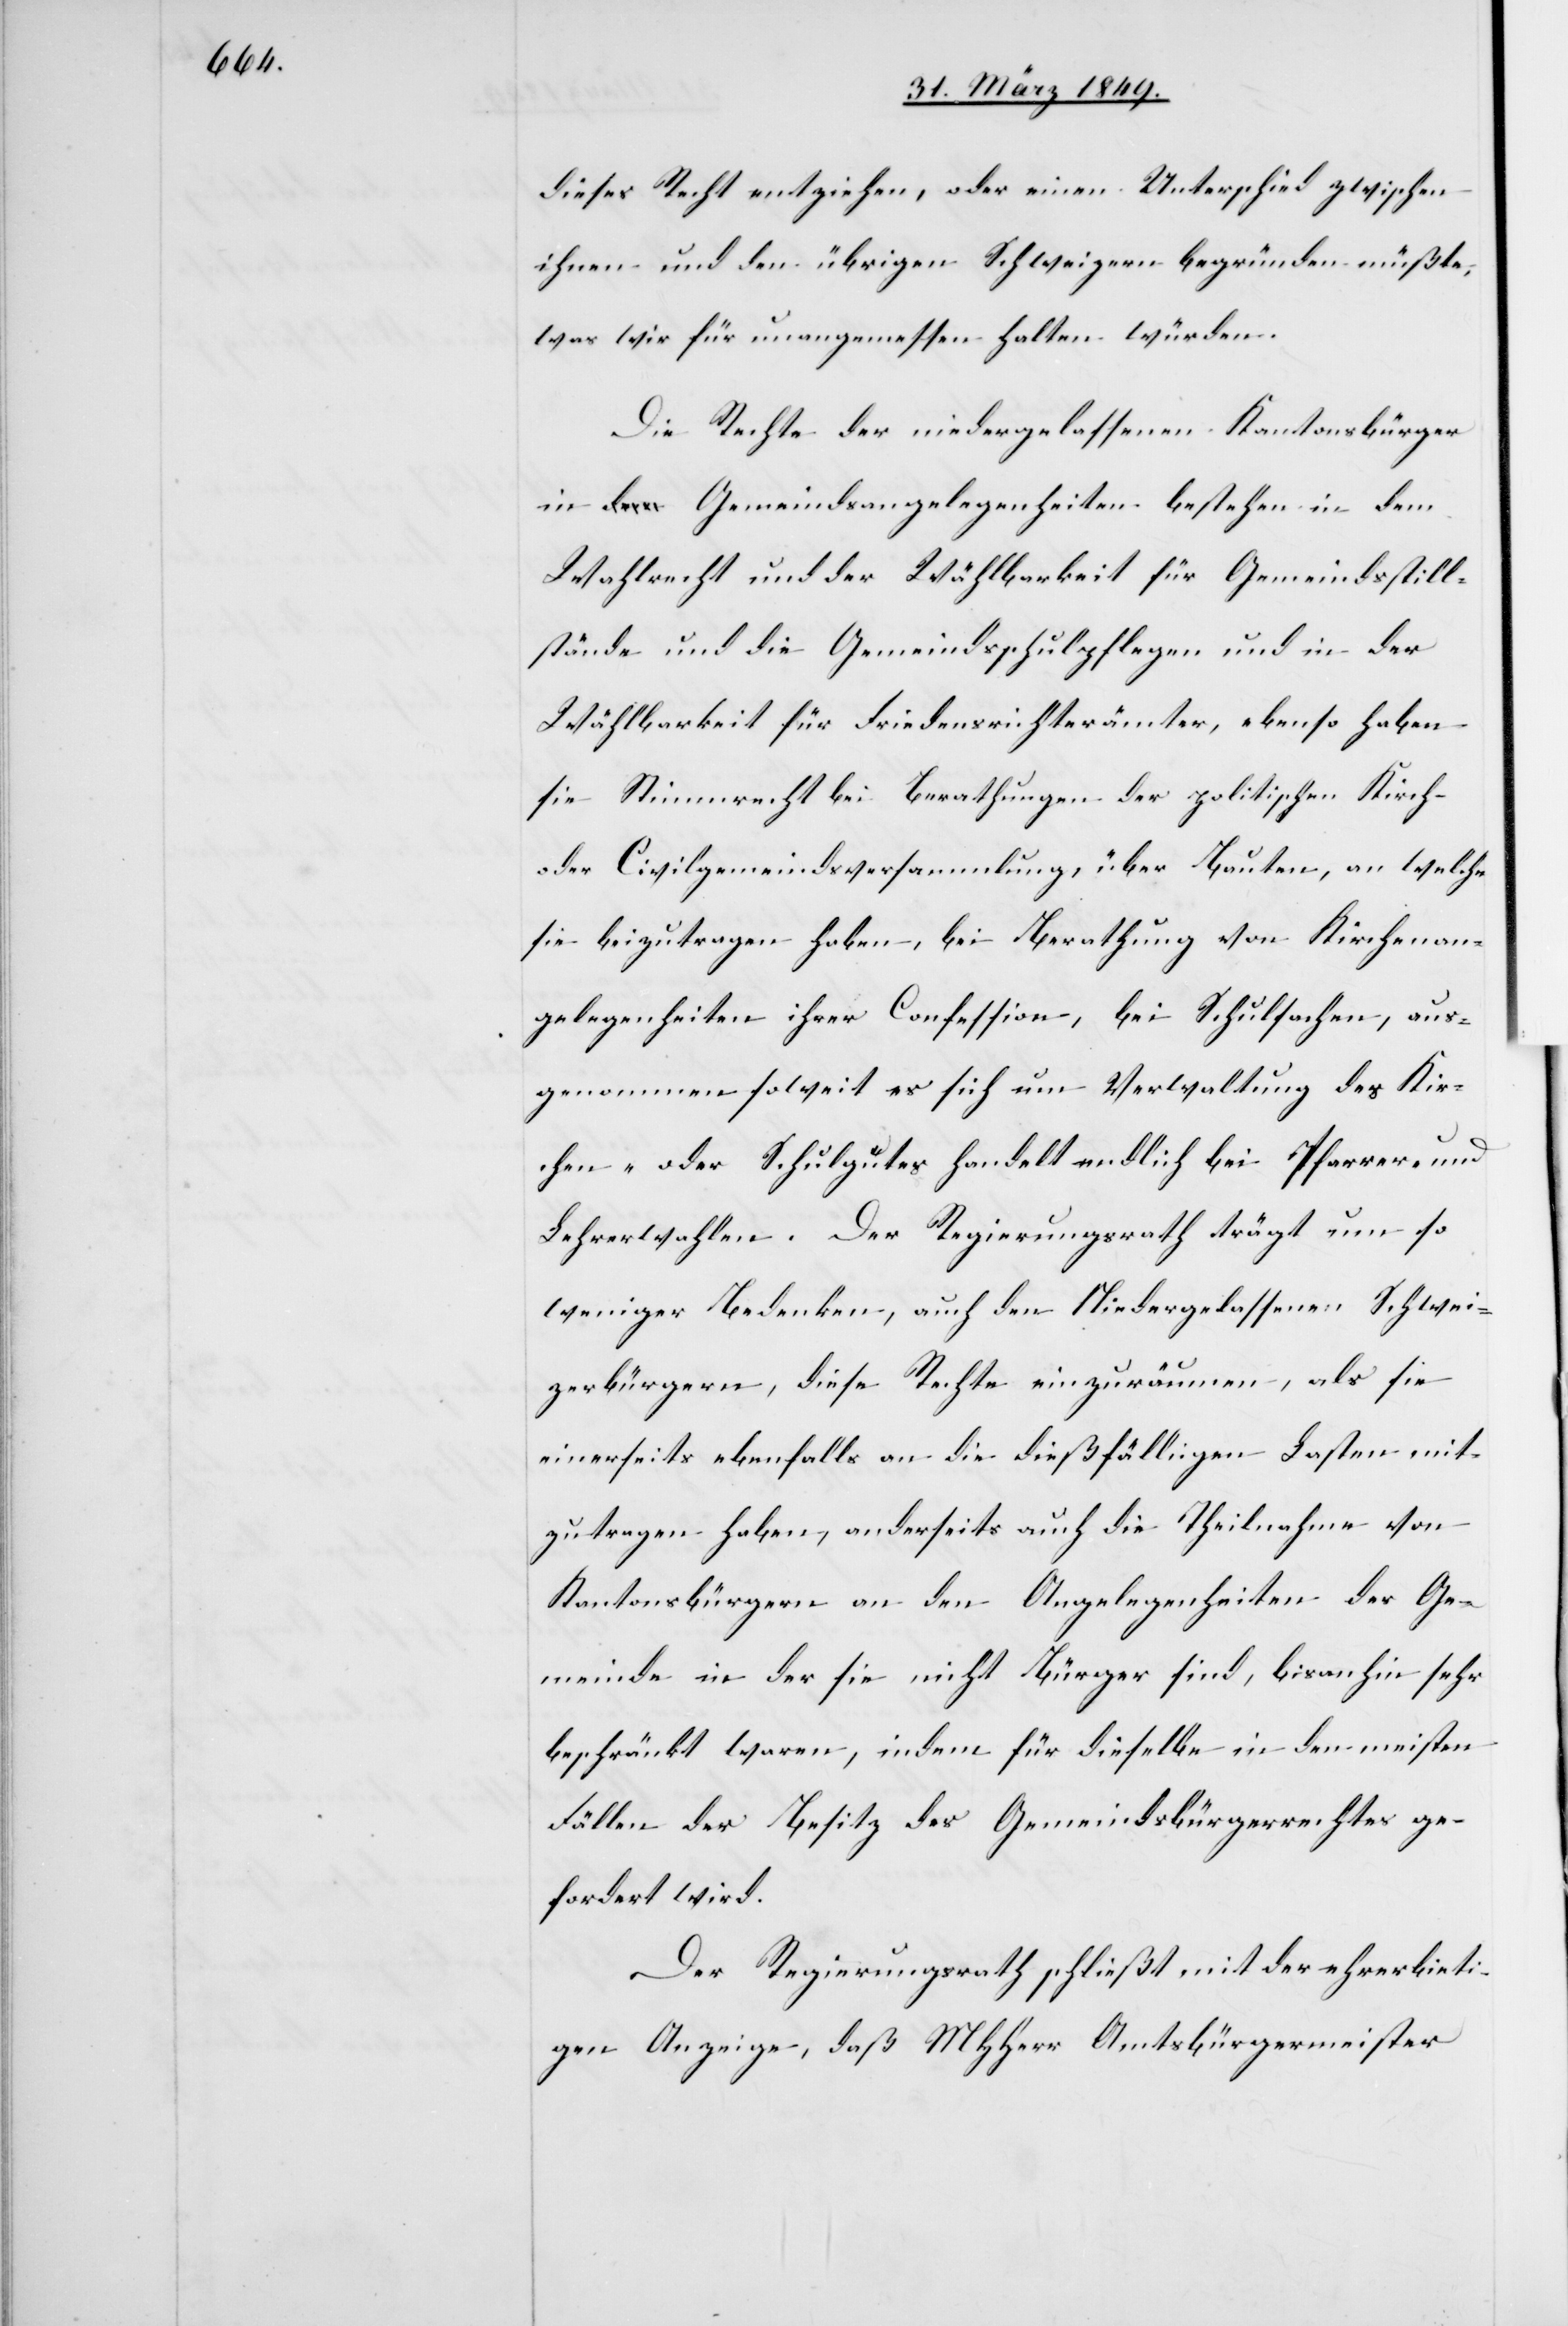
dieses Recht entziehen, oder einen Unterschied zwischen
ihnen und den übrigen Schweizern begründen müßte,
was wir für unangemessen halten würden.
Die Rechte der niedergelassenen Kantonsbürger
in Gemeindsangelegenheiten bestehen in dem
Wahlrecht und der Wählbarkeit für Gemeindsstill¬
stände und die Gemeindsschulpflegen und in der
Wählbarkeit für Friedensrichterämter, ebenso haben
sie Stimmrecht bei Berathungen der politischen Kirch-
oder Civilgemeindsversammlung, über Bauten, an welche
sie beizutragen haben, bei Berathung von Kirchenan¬
gelegenheiten ihrer Confession, bei Schulsachen, aus¬
genommen soweit es sich um Verwaltung des Kir¬
chen- oder Schulgutes handelt endlich bei Pfarrer- und
Lehrerwahlen. Der Regierungsrath trägt um so
weniger Bedenken, auch den Niedergelassenen Schwei¬
zerbürgern diese Rechte einzuräumen, als sie
einerseits ebenfalls an die dießfälligen Lasten mit¬
zutragen haben, anderseits auch die Theilnahme von
Kantonsbürgern an den Angelegenheiten der Ge¬
meinde in der sie nicht Bürger sind, bis anhin sehr
beschränkt waren, indem für dieselbe in den meisten
Fällen der Besitz des Gemeindsbürgerrechtes ge¬
fordert wird.
Der Regierungsrath schließt mit der ehrerbieti¬
gen Anzeige, daß MHHerr Amtsbürgermeister